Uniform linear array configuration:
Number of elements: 4
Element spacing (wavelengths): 1
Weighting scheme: blackman
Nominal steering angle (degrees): -60
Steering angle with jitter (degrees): -59.838
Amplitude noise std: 0.05
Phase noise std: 0.05

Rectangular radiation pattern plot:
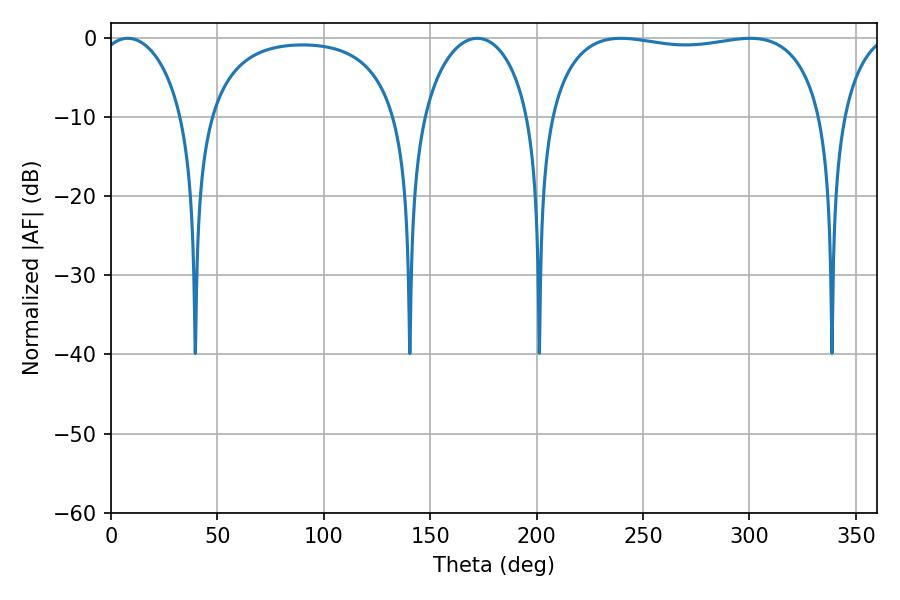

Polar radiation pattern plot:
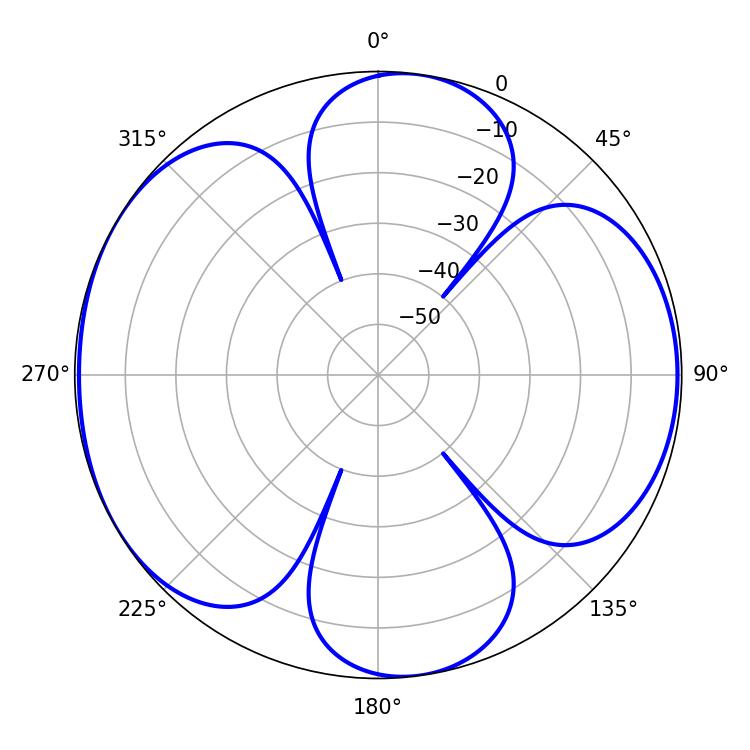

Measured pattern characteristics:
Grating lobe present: TRUE
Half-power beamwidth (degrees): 104.4
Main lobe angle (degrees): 239.58